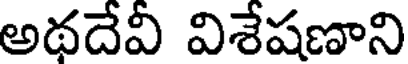
అథదేవీ విశేషణాని